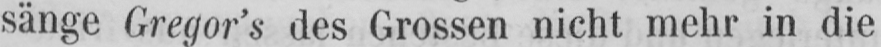
sänge Gregor’s des Grossen nicht mehr in die